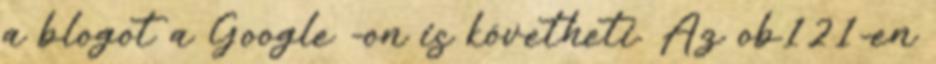
a blogot a Google -on is követheti. Az ob121-en